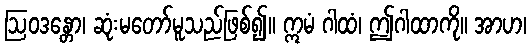
ဩဝဒန္တော၊ ဆုံးမတော်မူသည်ဖြစ်၍။ ဣမံ ဂါထံ၊ ဤဂါထာကို။ အာဟ၊